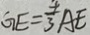
G E = \frac { 4 } { 3 } A E